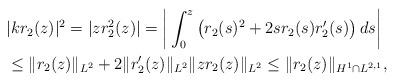
LaTeX: \begin{align*}&|k r_2(z)|^2 = |z r_2^2(z)|= \bigg | \int_0^z\left(r_2(s)^2+2 sr_2(s) r_2'(s)\right) d s\bigg|\\&\leq \|r_2(z)\|_{L^2} +2 \|r_2'(z) \|_{L^2} \|z r_2 (z) \|_{L^2}\leq \|r_2(z)\|_{H^1\cap L^{2,1}},\end{align*}